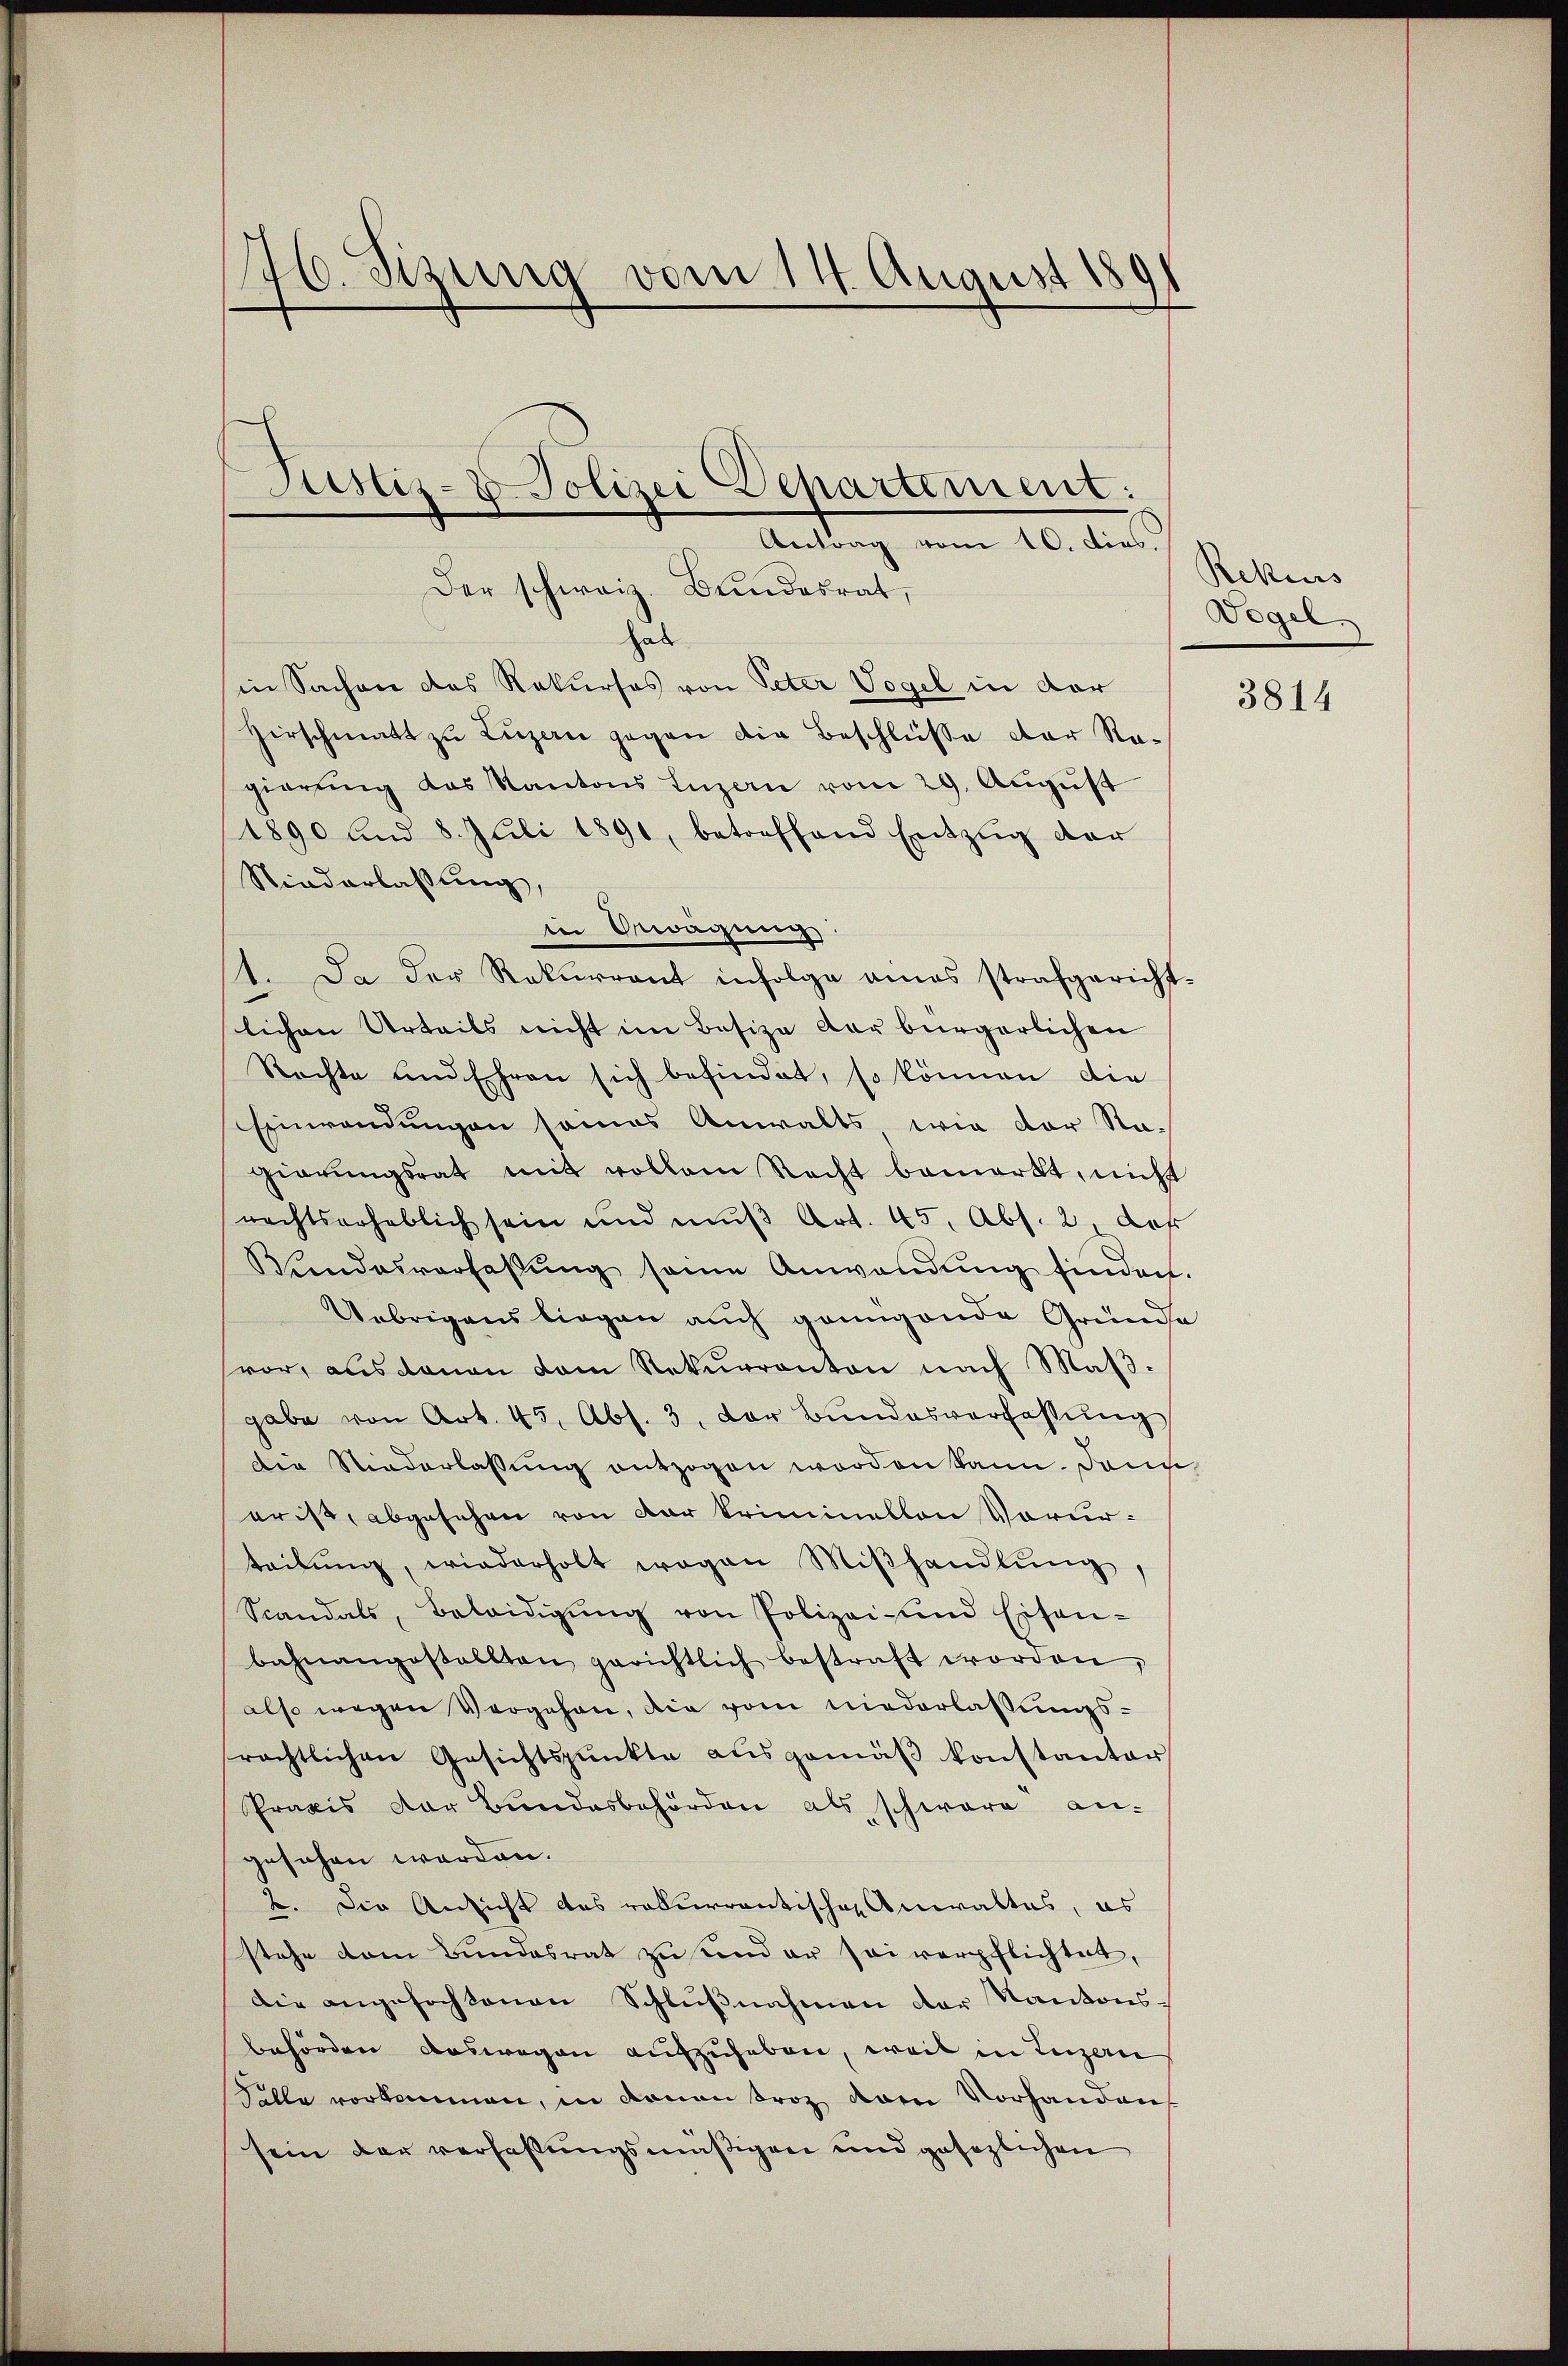
16. Sizung vom 14. August 185
Justiz- u. Polizei Departement:
Antrag vom 10. dies.

Der schweiz. Bundesrat,
hab
in Sachen das Rekurses von Peter Vogel in der
Hirschmatt zŭ Lŭzan gegen die Beschlüsse der Re-
gierŭng des Kantons Luzern vom 29. Aŭgŭst
1890 und 8. Juli 1891, betreffend Entzug der
Niederlassung,
iin Oewachung
1. Da der Rekurrent infolge amas strafgericht-
lichen Urteils nicht im Besize der bürgerlichen
Rechte und Ehren sich befindet, so können die
Einwendungen seines Anwalts wie der Na-
gierŭngsrat mit vollem Recht bemerkt, nicht
rechtserheblich sein und mŭβ Art. 45, Abs. 2. das
Bŭndesverfassŭng seine Anwendŭng finden.
Uebrigens liegen auch genügende Gründe
vor, aus daran dem Rekurranten nach Maßgabe von Art. 45, Abs. 3. Der Bŭndesverfassŭng
Die Niederlassung entzogen worden kann. Dann
erist, abgesehen von der kriminellen Vorur
teilŭng, wiederholt wegen Miβhandlŭng,
Scandals, Beleidigŭng von Polizei- und Eisen-
bahnangestellten gerichtlich bestraft worden,
also wegen Vergehen, die vom niederlassungsrächtlichen Gesichtspunkte ausgemäβ konstanter
Praxis der Bundesbehörden als schwere an-
gesehen werden.
2. Die Ansicht das rekurrentischen Anwaltes, es
stehe dem Bŭndesrat zu und er sei verpflichtet,
die angefochtenen Schlŭβnahmen der Kantons-
behörden Auswegen aufzuheben, weil in Luzern
Falle vorkommen, in donan troz deren Vorhanden
sein der verfassungsmäßigen und gesezlichen

Rekurs
Vogel.

3814